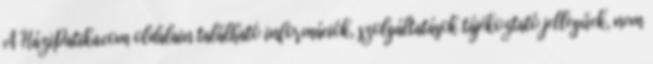
A HáziPatika.com oldalain található információk, szolgáltatások tájékoztató jellegűek, nem